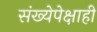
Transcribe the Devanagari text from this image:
संख्येपेक्षाही